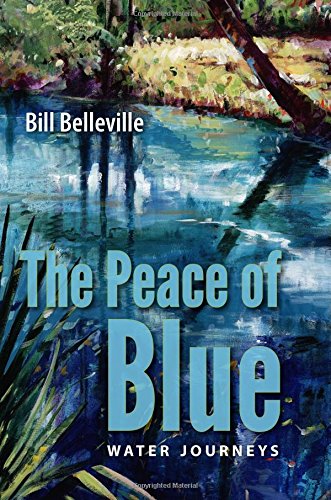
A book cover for The Peace of Blue: Water Journeys; Bill Belleville; Science & Math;